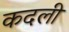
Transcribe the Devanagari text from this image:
कदलीं